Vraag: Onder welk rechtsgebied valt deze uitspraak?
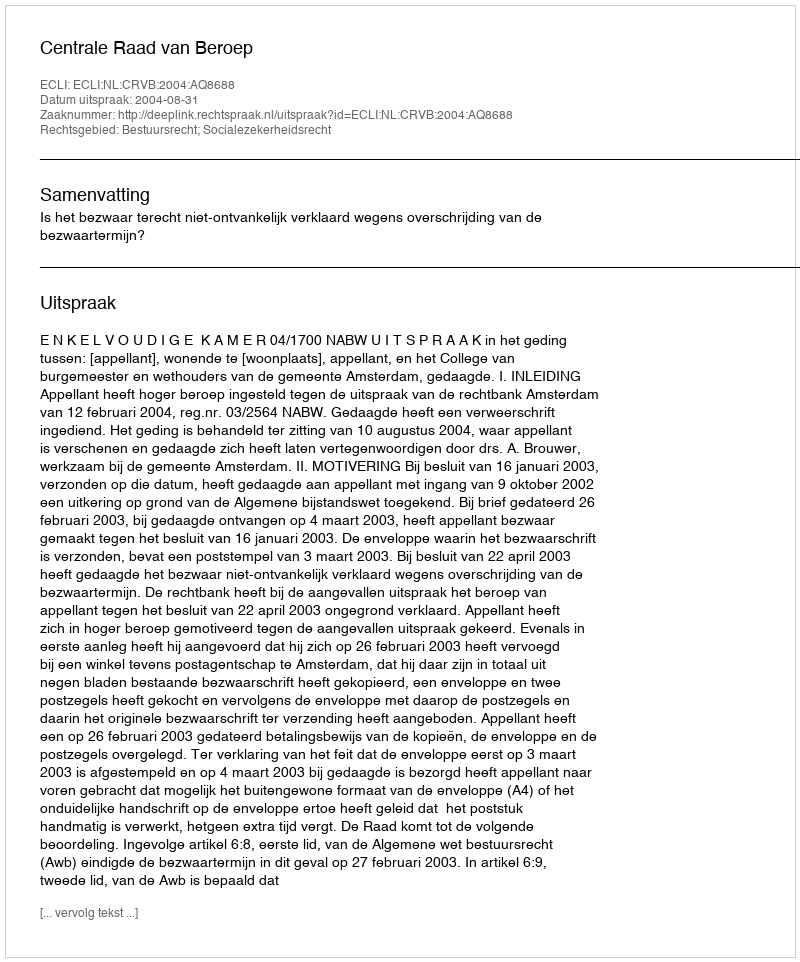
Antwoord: Bestuursrecht; Socialezekerheidsrecht